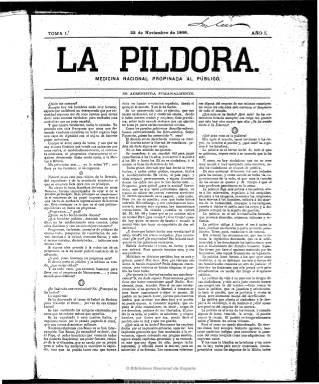
Título: La Píldora (Madrid)
Colección: Revistas satíricas y humorísticas || Periódicos
Ámbito geográfico: Madrid
Lugar de publicación: Madrid
Fechas: 22/11/1868-01/04/1869

Semanario político-satírico subtitulado “medicina nacional propinada al público” que, tras la Septembrina, comienza a publicarse el 22 de noviembre de 1868, denominando a sus números “tomas”, de cuatro páginas cada una, llegando a editar hasta 16, correspondiendo la última al uno de abril de 1869. De escasa duración, pues, como el gran número de periódicos de todo tipo y naturaleza que eclosionaron durante este periodo de plena libertad de imprenta. Declaradamente republicano y opositor al gobierno provisional, critica duramente el militarismo de Juan Prim o de Juan Bautista Topete, y se muestra duro con la monarquía y el clericalismo, y contra la represión a las sublevaciones cubana y republicana.

Se desconoce quienes fueron su director y redactores, señalando el primero que acaba de salir de la cárcel. Sus textos, editoriales y breves artículos y gacetillas, algunos auxiliados por algunas composiciones poéticas, carecen de firma, a lo sumo cuentan al pie con algún seudónimo o iniciales.

A partir de su segunda entrega acompaña a la cabecera un grabado de un dibujo alegórico firmado por Sem, en el que aparece una mujer con el gorro frigio (uno de los símbolos republicanos) que recibe una píldora de un hombre. Este hecho ha dado lugar a que Joan Struch y Jesús Rubio planteen sus conjeturas sobre diferentes atribuciones al citado seudónimo, que aparece en la prensa burlesca de esos años, tanto al grabador Francisco Ortego como a los hermanos Valeriano y Gustavo Adolfo Bécquer, y su relación con el álbum satírico Los Borbones en pelotas, publicado en esas fechas tras la caída de la dinastía.